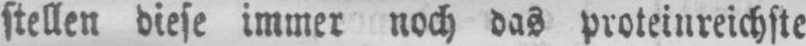
stellen diese immer noch das proteinreichste